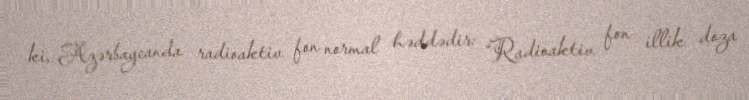
ki, Azərbaycanda radioaktiv fon normal həddədir: “Radioaktiv fon illik doza